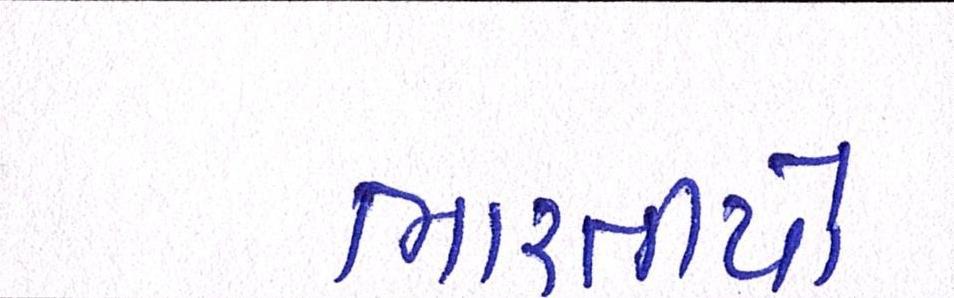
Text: ભારતીયો